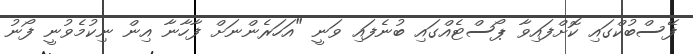
ފޭސްބުކްގައި ކޮށްފައިވާ ޕޯސްޓެއްގައި ބުނެފައި ވަނީ "އަހަރެންނަށް ފާހާނާ އިން ނިކުމެވުނީ ފޯނު